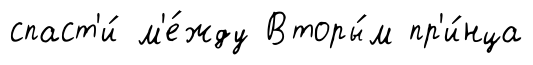
спаст'и́ м'е́жду Вторы́м пр'и́нца